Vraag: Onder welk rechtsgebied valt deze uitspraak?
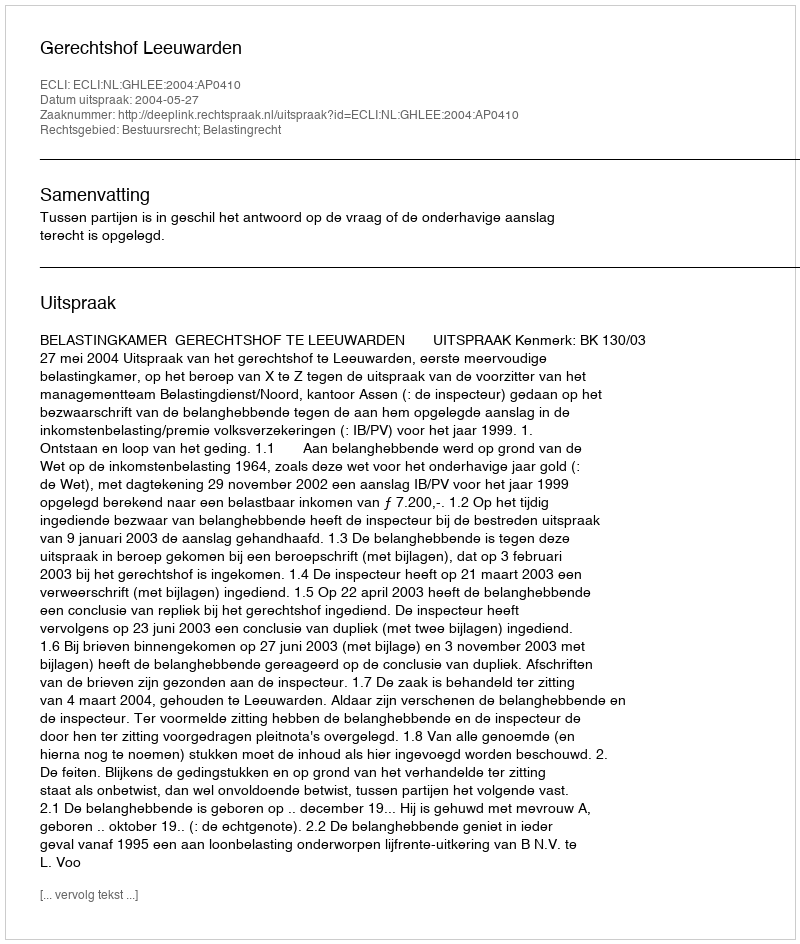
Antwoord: Bestuursrecht; Belastingrecht